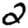
Digit: 2